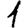
Digit: 1